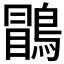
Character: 𪃑